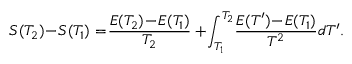
S ( T _ { 2 } ) \! - \! S ( T _ { 1 } ) = \! \frac { E ( T _ { 2 } ) \! - \! E ( T _ { 1 } ) } { T _ { 2 } } + \! \int _ { T _ { 1 } } ^ { T _ { 2 } } \! \frac { E ( T ^ { \prime } ) \! - \! E ( T _ { 1 } ) } { T ^ { 2 } } d T ^ { \prime } .